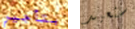
بتأجير سنعيد